Report on sanitation, dispensaries, and jails in Rajputana for 1910, and on vaccination for the year 1910-1911 - 1910-1911
Year: 1910
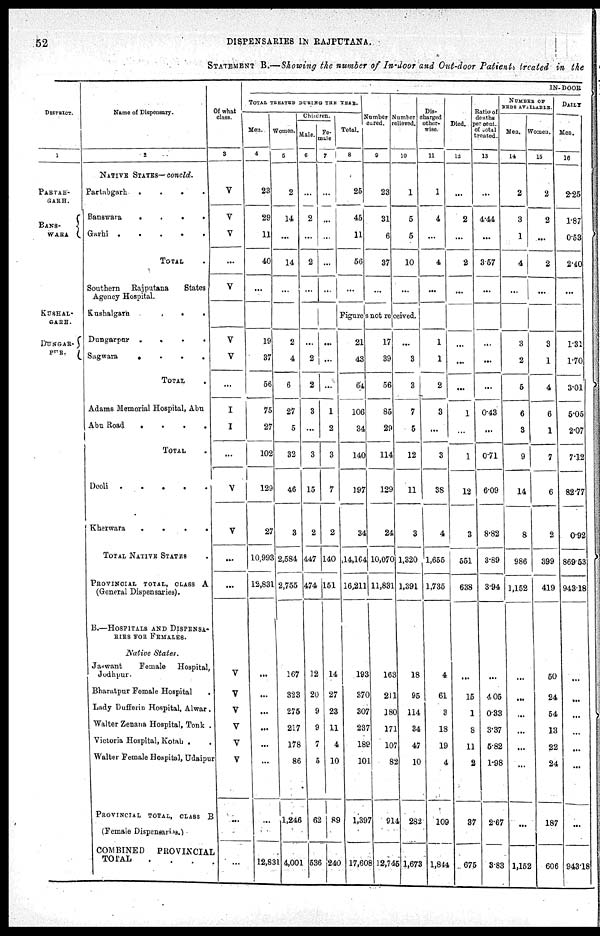
52
DISPENSARIES IN RAJPUTANA.
STATEMENT B.—Showing the number of In-door and Out-door Patients treated in the
DISTRICT.
1
PARTAB-
GARH.
BANS-
WARA
KUSHAL-
GARH.
DUNGAR-
PUR
Name of Dispensary.
2
NATIVE STATES—concld.
Partabgarh
.
.
.
.
Banswara
.
.
.
.
Garhi .
.
.
.
.
TOTAL .
Southern
Rajputana
States
Agency Hospital.
Kushalgarh
.
.
.
Dungarpur
.
.
.
.
Sagwara
.
.
.
.
TOTAL .
Adams Memorial Hospital, Abu
Abu Road
.
.
.
.
TOTAL .
Deoli
.
.
.
.
.
Kherwara
.
.
.
.
TOTAL NATIVE STATES
PROVINCIAL TOTAL, CLASS A
(General Dispensaries).
B.—HOSPITALS AND DISPENSA-
RIES FOR FEMALES.
Native
States.
Jaswant
Female
Hospital,
Jodhpur.
Bharatpur Female Hospital .
Lady Dufferin Hospital, Alwar .
Walter Zenana Hospital, Tonk .
Victoria Hospital, Kotah .
Walter Female Hospital, Udaipur
PROVINCIAL TOTAL, CLASS B
(Female Dispensaries.)
COMBINED PROVINCIAL
TOTAL . . . .
Of what
class.
3
V
V
V
...
V
V
V
...
I
I
...
V
V
...
...
V
V
V
V
V
V
...
...
IN-DOOR
TOTAL TREATED DURING THE YEAR.
Men.
4
23
29
11
40
...
19
37
56
75
27
102
129
27
10,993
12,831
...
...
...
...
...
...
...
12,831
Women.
5
2
14
...
14
...
2
4
6
27
5
32
46
3
2,584
2,755
267
323
275
217
178
86
1,246
4,001
Children.
Male.
6
...
2
...
2
...
...
2
2
3
...
3
15
2
447
474
12
20
9
9
7
5
62
536
Fe-
male
7
...
...
...
...
...
...
...
...
1
2
3
7
2
140
151
14
27
23
11
4
10
89
240
Total.
8
25
45
11
56
...
Number
cured.
9
23
31
6
37
...
Number
relieved.
10
1
5
5
10
...
Figures not received.
21
43
64
106
34
140
197
34
14,164
16,211
193
370
307
237
189
101
1,397
17,608
17
39
56
85
29
114
129
24
10,070
11,831
163
211
180
171
107
82
914
12,745
...
3
3
7
5
12
11
3
1,320
1,391
18
95
114
34
47
10
282
1,673
Dis-
charged
other-
wise.
11
1
4
...
4
...
1
1
2
3
...
3
38
4
1,655
1,735
4
61
3
18
19
4
109
1,844
Died.
12
...
2
...
2
...
...
...
...
1
...
1
12
3
551
638
...
15
1
3
11
2
37
675
Ratio of
deaths
per cent.
of total
treated.
13
...
4.44
...
3.57
...
...
...
...
0.43
...
0.71
6.09
8.82
3.89
3.94
...
4.05
0.33
3.37
5.82
1.98
2.67
3.83
NUMBER OF
BEDS AVAILABLE.
Men.
14
2
3
1
4
...
3
2
5
6
3
9
14
8
986
1,152
...
...
...
...
...
...
...
1,152
Women.
15
2
2
...
2
...
3
1
4
6
1
7
6
2
399
419
50
24
54
13
22
24
187
606
DAILY
Men.
16
2.25
1.87
0.53
2.40
...
1.31
1.70
3.01
5.05
2.07
7.12
82.77
0.92
869.53
943.18
...
...
...
...
...
...
...
943.18